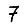
Digit: 7